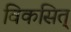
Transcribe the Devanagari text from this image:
विकसित्